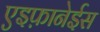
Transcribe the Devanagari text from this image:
एइफ़ानेईस